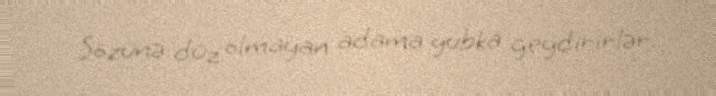
Sözünə düz olmayan adama yubka geydirirlər.